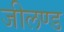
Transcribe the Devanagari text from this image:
जीलण्ड